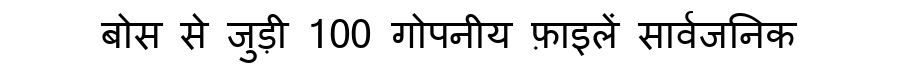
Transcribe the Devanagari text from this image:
बोस से जुड़ी 100 गोपनीय फ़ाइलें सार्वजनिक